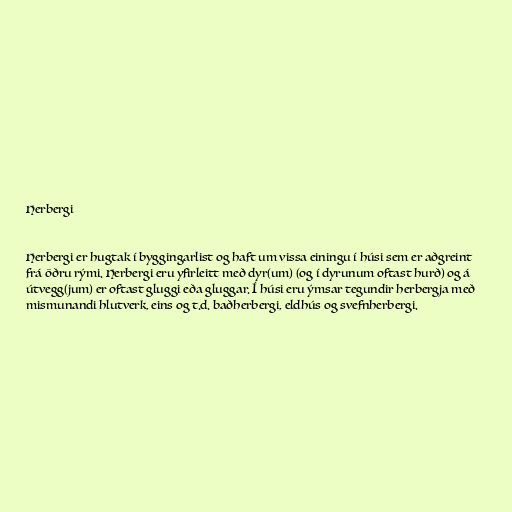
Herbergi

Herbergi er hugtak í byggingarlist og haft um vissa einingu í húsi sem er aðgreint
frá öðru rými. Herbergi eru yfirleitt með dyr(um) (og í dyrunum oftast hurð) og á
útvegg(jum) er oftast gluggi eða gluggar. Í húsi eru ýmsar tegundir herbergja með
mismunandi hlutverk, eins og t.d. baðherbergi, eldhús og svefnherbergi.